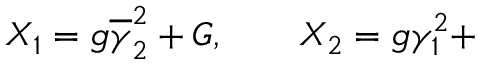
X _ { 1 } = g \overline { { { \gamma } } } _ { 2 } ^ { 2 } + { \cal G } , \qquad X _ { 2 } = g \gamma _ { 1 } ^ { 2 } +